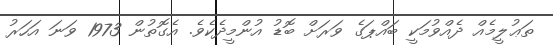
ތަޢުލީމެއް ދެއްވުމަކީ ބައްޕަގެ ވަރަށް ބޮޑު އުންމީދެކެވެ. އެގޮތުން 1973 ވަނަ އަހަރު